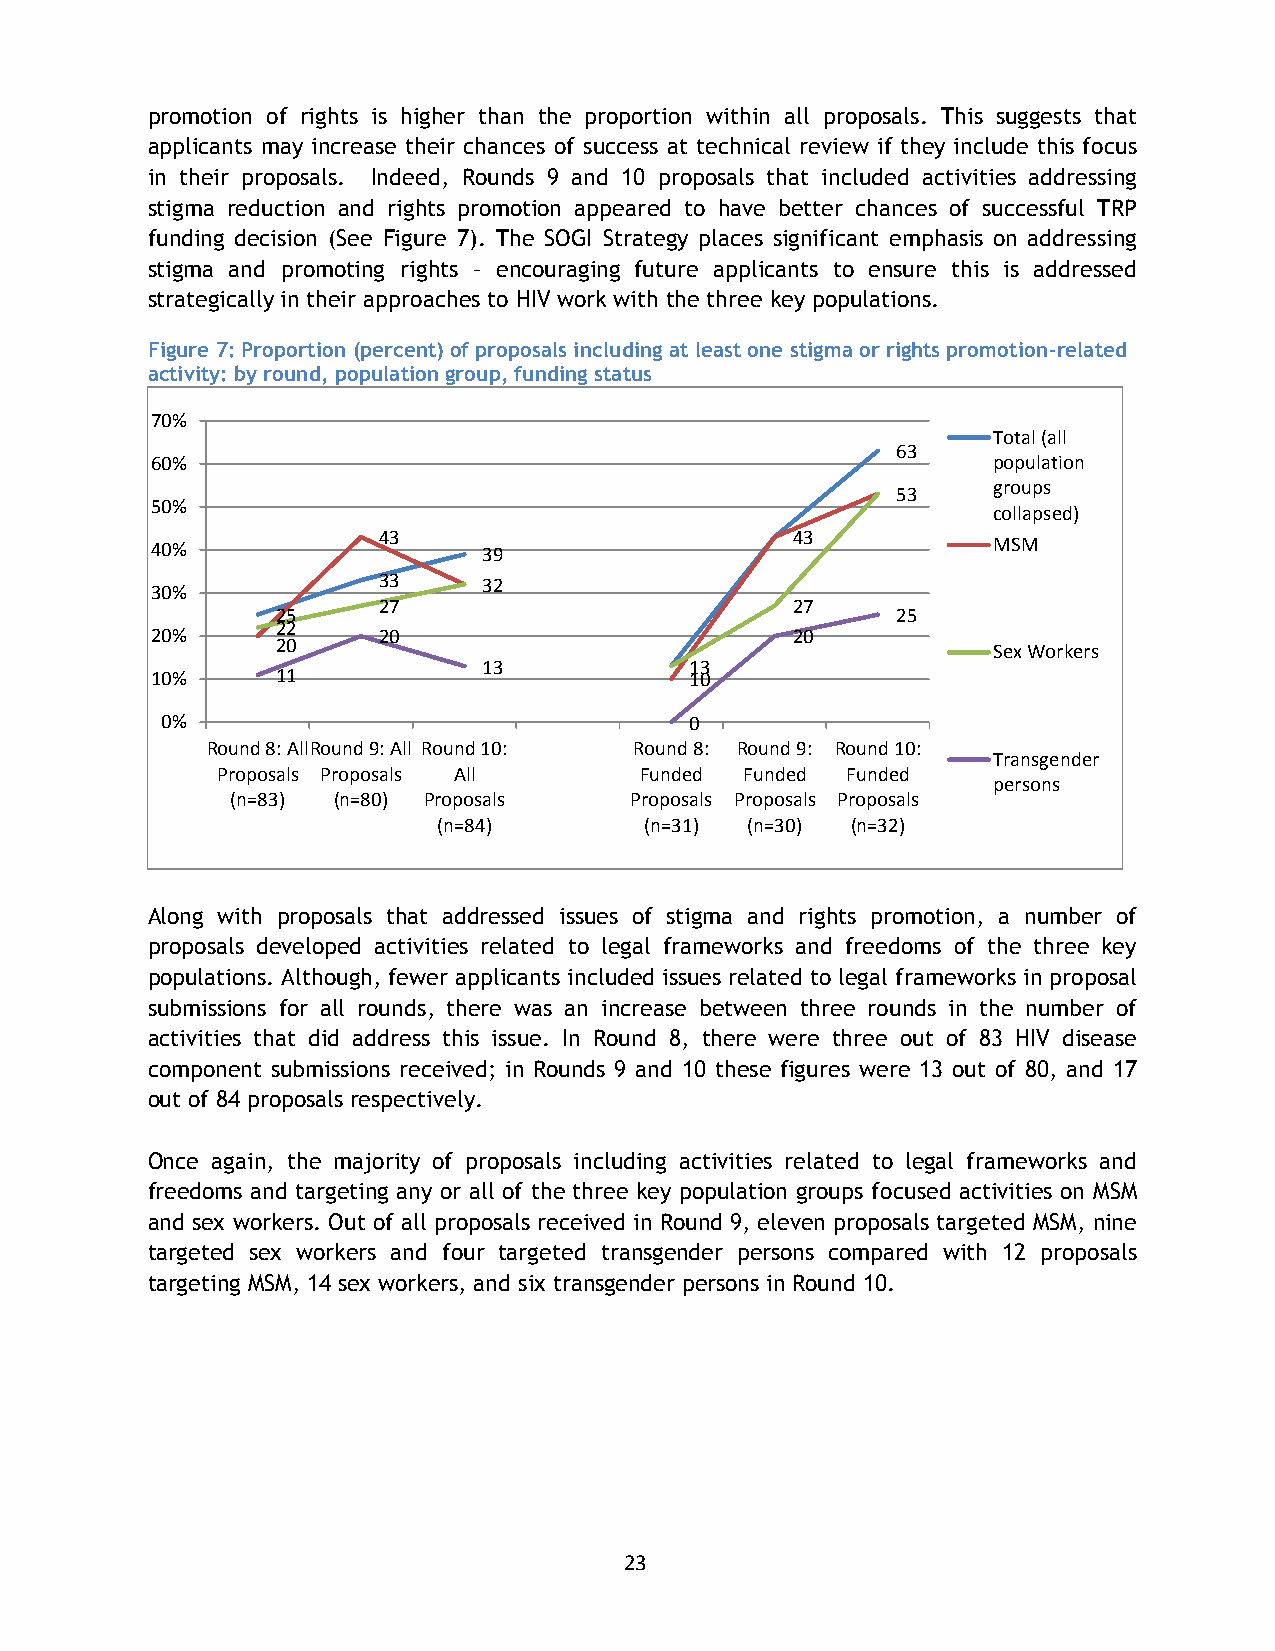
promotion of rights is higher than the proportion within all proposals. This suggests that
 applicants may increase their chances of success at technical review if they include this focus
 in their proposals. Indeed, Rounds 9 and 10 proposals that included activities addressing
 stigma reduction and rights promotion appeared to have better chances of successful TRP
 funding decision (See Figure 7). The SOGI Strategy places significant emphasis on addressing
 stigma and promoting rights – encouraging future applicants to ensure this is addressed
 strategically in their approaches to HIV work with the three key populations.
 Figure 7: Proportion (percent) of proposals including at least one stigma or rights promotion-related
 activity: by round, population group, funding status
 70%
 Total (all
 63
 60%                                                     population
 groups
 5533
 50%
 collapsed)
 43                         4433
 40%                   39                                MSM
 33     3322
 30%
 27                         27
 25                                       25
 22
 20%            20                         20
 20
 Sex Workers
 13            1133
 10%     11                          10
 0%                                 0
 Round 8: AllRound 9: All Round 10: Round 8: Round 9: Round 10:
 Transgender
 Proposals Proposals All     Funded Funded Funded
 persons
 (n=83) (n=80) Proposals    Proposals Proposals Proposals
 (n=84)        (n=31) (n=30) (n=32)
 Along with proposals that addressed issues of stigma and rights promotion, a number of
 proposals developed activities related to legal frameworks and freedoms of the three key
 populations. Although, fewer applicants included issues related to legal frameworks in proposal
 submissions for all rounds, there was an increase between three rounds in the number of
 activities that did address this issue. In Round 8, there were three out of 83 HIV disease
 component submissions received; in Rounds 9 and 10 these figures were 13 out of 80, and 17
 out of 84 proposals respectively.
 Once again, the majority of proposals including activities related to legal frameworks and
 freedoms and targeting any or all of the three key population groups focused activities on MSM
 and sex workers. Out of all proposals received in Round 9, eleven proposals targeted MSM, nine
 targeted sex workers and four targeted transgender persons compared with 12 proposals
 targeting MSM, 14 sex workers, and six transgender persons in Round 10.
 23